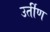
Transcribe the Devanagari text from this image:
उर्तीण